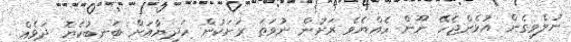
ނުލެވިގެން އުޅެންޖެހޭ ނޫން ހެއްޔެވެ ރަށުން ނުވަތަ ރަށަކުން ހަދިޔާއަށް ބަނބުކެޔޮ ދަޅެއް